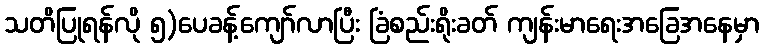
သတိပြုရန်လို ၅)ပေခန့်ကျော်လာပြီး ခြံစည်းရိုးခတ် ကျန်းမာရေးအခြေအနေမှာ